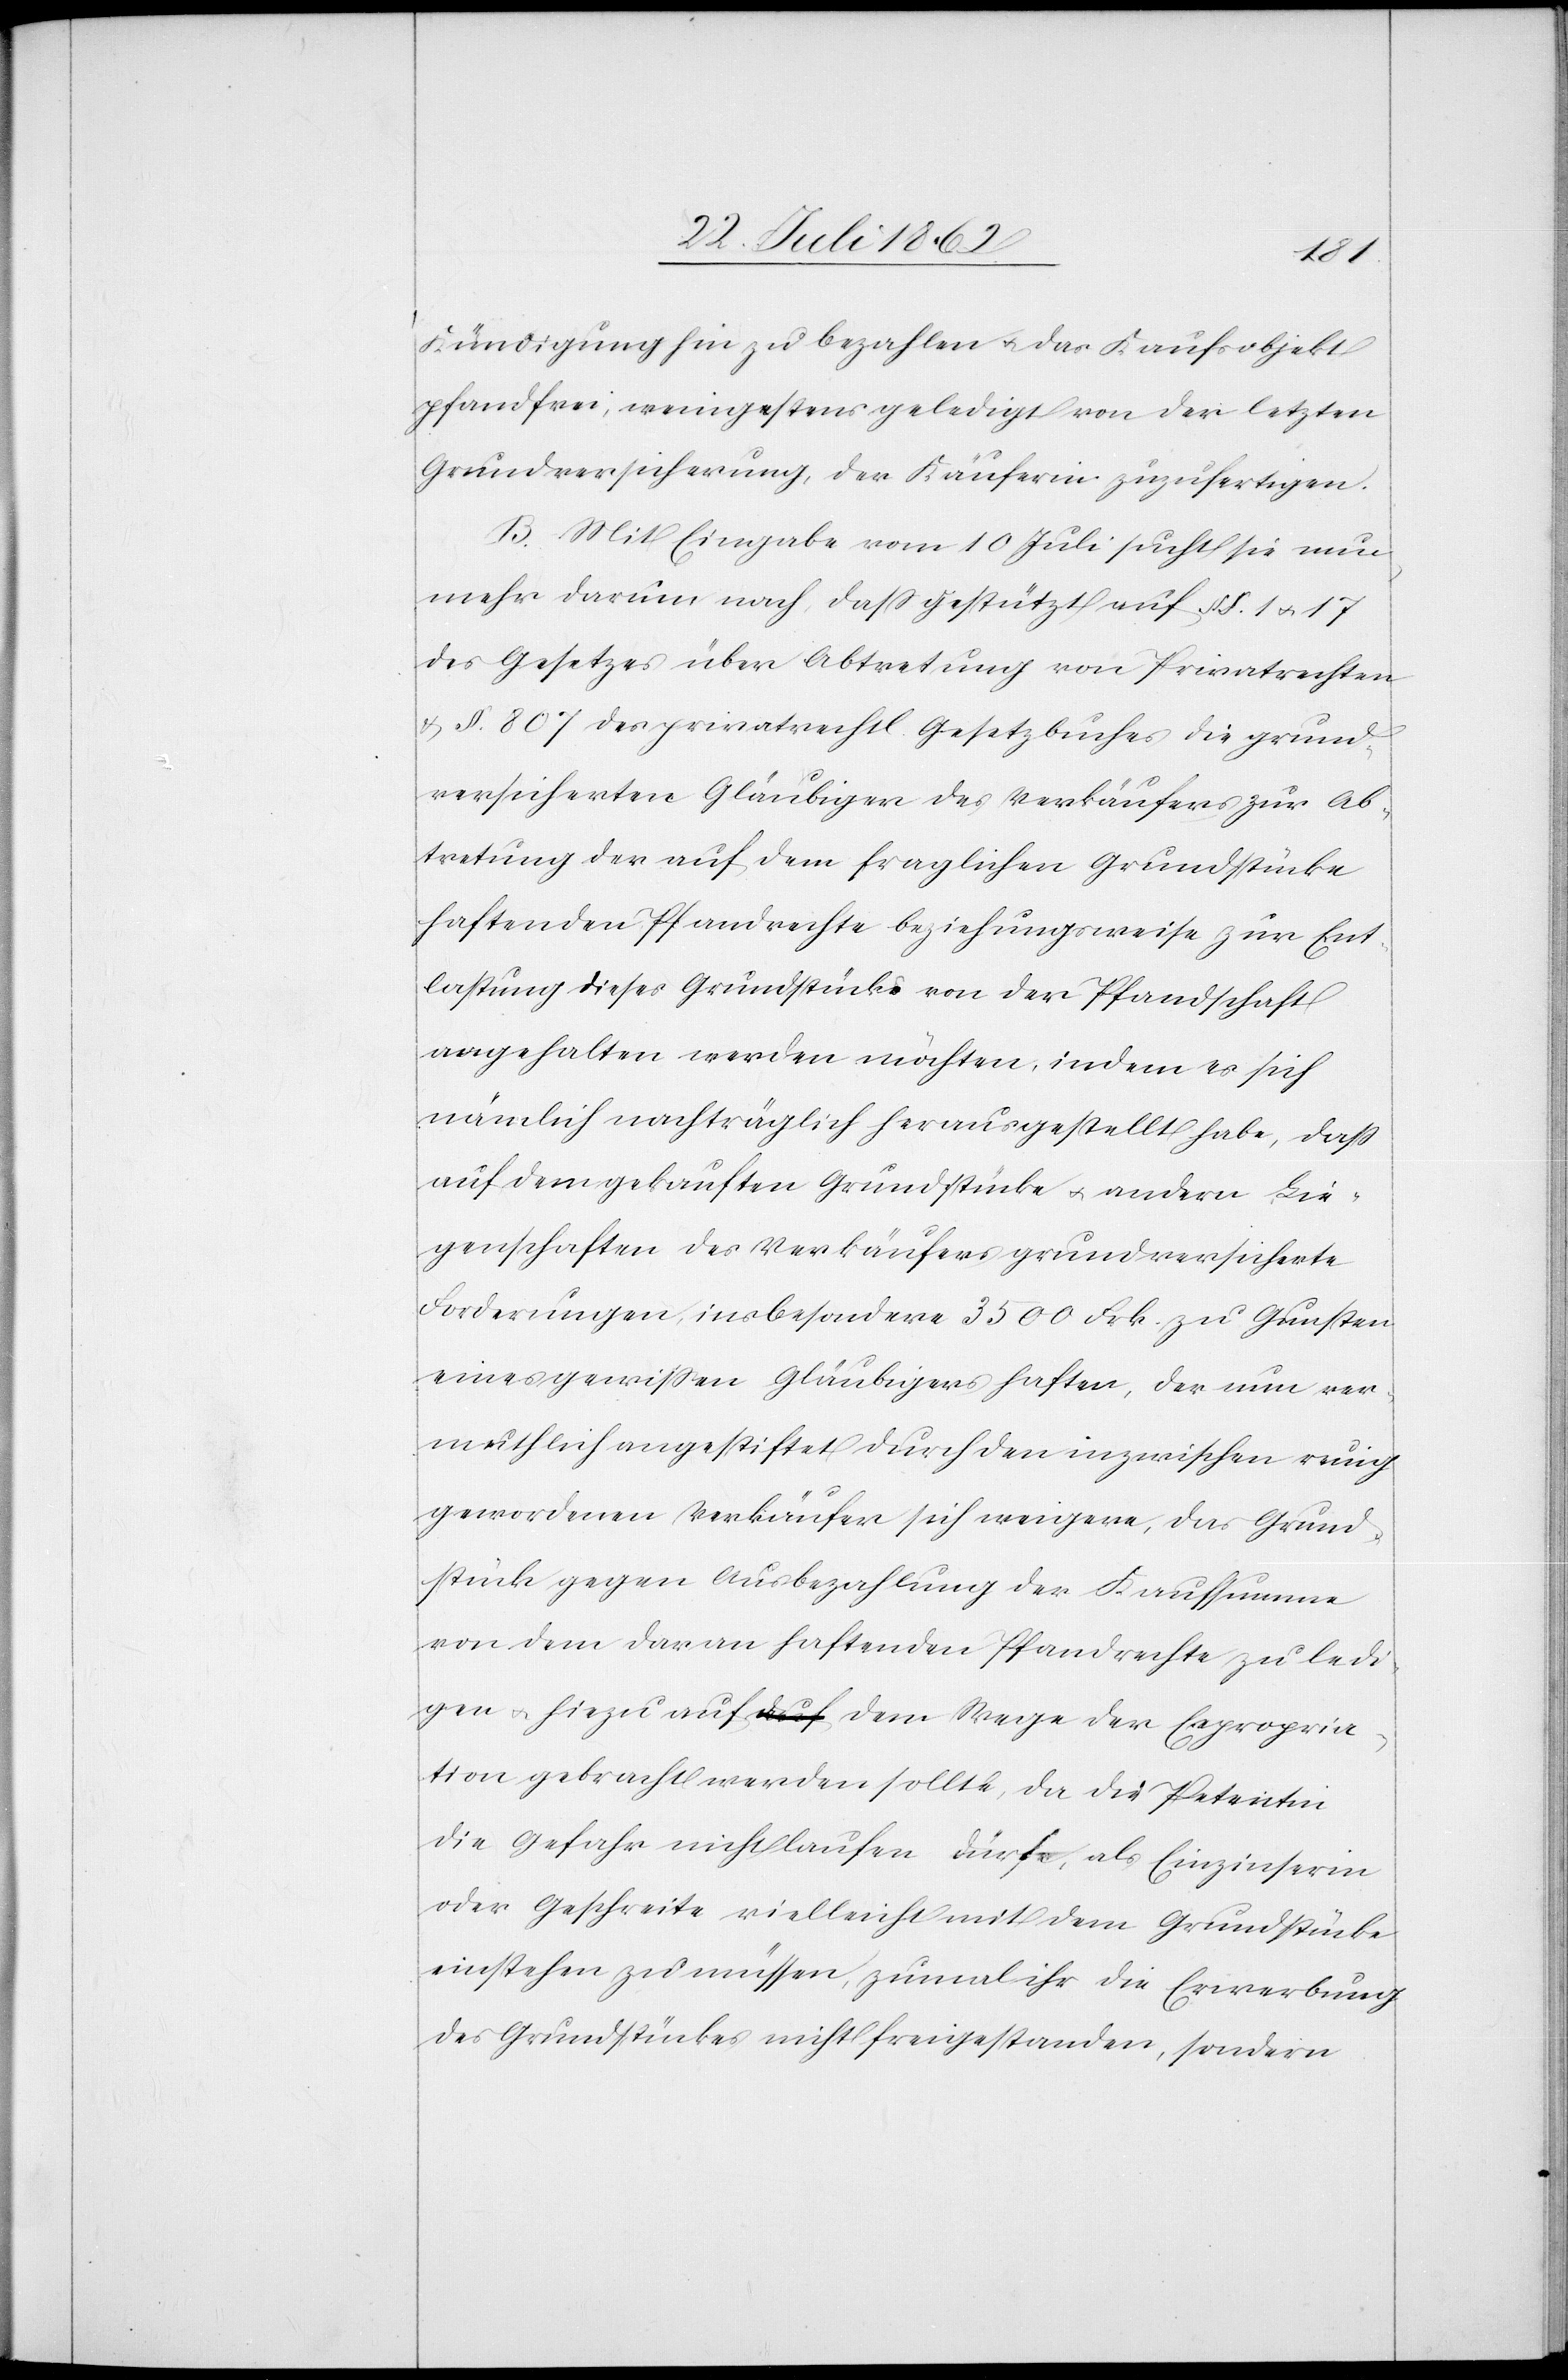
Kündigung hin zu bezahlen u. das Kaufsobjekt
pfandfrei, wenigstens geledigt von der letzten
Grundversicherung, der Käuferin zuzufertigen.
B. Mit Eingabe vom 10. Juli sucht sie nun
mehr darum nach, daß gestützt auf §§ 1 u. 17
des Gesetzes über Abtretung von Privatrechten
u. § 807 des privatrechtl. Gesetzbuches die grund¬
versicherten Gläubiger des Verkäufers zur Ab¬
tretung der auf dem fraglichen Grundstücke
haftenden Pfandrechte beziehungsweise zur Ent¬
lastung dieses Grundstücks von der Pfandschaft
angehalten werden möchten, indem es sich
nämlich nachträglich herausgestellt habe, daß
auf dem gekauften Grundstücke u. andern Lie¬
genschaften des Verkäufers grundversicherte
Forderungen, ins besondere 3500 Frk. zu Gunsten
eines gewißen Gläubigers haften, der nun ver¬
muthlich angestiftet durch den inzwischen ruig
gewordenen Verkäufer sich weigere, das Grund¬
stück gegen Ausbezahlung der Kaufsumme
von dem daran haftenden Pfandrechte zu ledi¬
gen, hiezu auf dem Wege der Expropria¬
tion gebracht werden sollte, da die Petentin
die Gefahr nicht laufen dürfe, als Einzinserin
oder Geschreite vielleicht mit dem Grundstücke
einstehen zu müssen, zumal ihr die Erwerbung
des Grundstücks nicht freigestanden, sondern